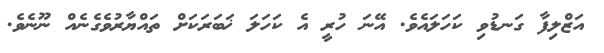
އަޒްލިފާ ގަނޑުވި ކަހަލައެވެ. އޭނަ ހުރީ އެ ކަހަލަ ޚަބަރަކަށް ތައްޔާރުވެގެނެއް ނޫނެވެ.